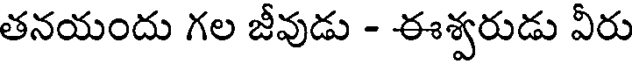
తనయందు గల జీవుడు - ఈశ్వరుడు వీరు